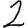
Digit: 2